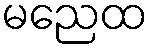
မညေထ